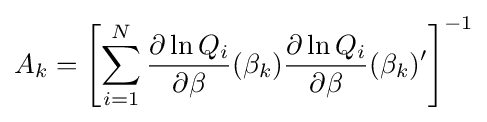
A_{k}=\left[\sum _{i=1}^{N}{\frac {\partial \ln Q_{i}}{\partial \beta }}(\beta _{k}){\frac {\partial \ln Q_{i}}{\partial \beta }}(\beta _{k})'\right]^{-1}